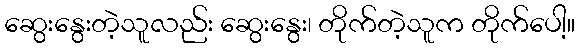
ဆွေးနွေးတဲ့သူလည်း ဆွေးနွေး၊ တိုက်တဲ့သူက တိုက်ပေါ့။